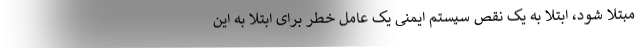
مبتلا شود، ابتلا به یک نقص سیستم ایمنی یک عامل خطر برای ابتلا به این